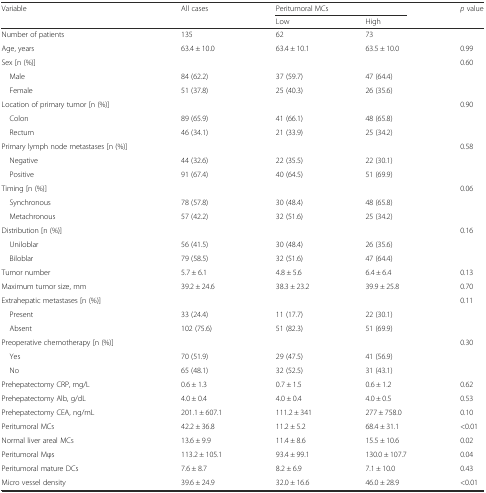
<table><thead><tr><td rowspan="2"><b>Variable</b></td><td rowspan="2"><b>All cases</b></td><td colspan="2"><b>Peritumoral MCs</b></td><td rowspan="2"><b><i>p</i> value</b></td></tr><tr><td><b>Low</b></td><td><b>High</b></td></tr></thead><tbody><tr><td>Number of patients</td><td>135</td><td>62</td><td>73</td><td></td></tr><tr><td>Age, years</td><td>63.4 ± 10.0</td><td>63.4 ± 10.1</td><td>63.5 ± 10.0</td><td>0.99</td></tr><tr><td>Sex [n (%)]</td><td></td><td></td><td></td><td>0.60</td></tr><tr><td> Male</td><td>84 (62.2)</td><td>37 (59.7)</td><td>47 (64.4)</td><td></td></tr><tr><td> Female</td><td>51 (37.8)</td><td>25 (40.3)</td><td>26 (35.6)</td><td></td></tr><tr><td>Location of primary tumor [n (%)]</td><td></td><td></td><td></td><td>0.90</td></tr><tr><td> Colon</td><td>89 (65.9)</td><td>41 (66.1)</td><td>48 (65.8)</td><td></td></tr><tr><td> Rectum</td><td>46 (34.1)</td><td>21 (33.9)</td><td>25 (34.2)</td><td></td></tr><tr><td>Primary lymph node metastases [n (%)]</td><td></td><td></td><td></td><td>0.58</td></tr><tr><td> Negative</td><td>44 (32.6)</td><td>22 (35.5)</td><td>22 (30.1)</td><td></td></tr><tr><td> Positive</td><td>91 (67.4)</td><td>40 (64.5)</td><td>51 (69.9)</td><td></td></tr><tr><td>Timing [n (%)]</td><td></td><td></td><td></td><td>0.06</td></tr><tr><td> Synchronous</td><td>78 (57.8)</td><td>30 (48.4)</td><td>48 (65.8)</td><td></td></tr><tr><td> Metachronous</td><td>57 (42.2)</td><td>32 (51.6)</td><td>25 (34.2)</td><td></td></tr><tr><td>Distribution [n (%)]</td><td></td><td></td><td></td><td>0.16</td></tr><tr><td> Uniloblar</td><td>56 (41.5)</td><td>30 (48.4)</td><td>26 (35.6)</td><td></td></tr><tr><td> Biloblar</td><td>79 (58.5)</td><td>32 (51.6)</td><td>47 (64.4)</td><td></td></tr><tr><td>Tumor number</td><td>5.7 ± 6.1</td><td>4.8 ± 5.6</td><td>6.4 ± 6.4</td><td>0.13</td></tr><tr><td>Maximum tumor size, mm</td><td>39.2 ± 24.6</td><td>38.3 ± 23.2</td><td>39.9 ± 25.8</td><td>0.70</td></tr><tr><td>Extrahepatic metastases [n (%)]</td><td></td><td></td><td></td><td>0.11</td></tr><tr><td> Present</td><td>33 (24.4)</td><td>11 (17.7)</td><td>22 (30.1)</td><td></td></tr><tr><td> Absent</td><td>102 (75.6)</td><td>51 (82.3)</td><td>51 (69.9)</td><td></td></tr><tr><td>Preoperative chemotherapy [n (%)]</td><td></td><td></td><td></td><td>0.30</td></tr><tr><td> Yes</td><td>70 (51.9)</td><td>29 (47.5)</td><td>41 (56.9)</td><td></td></tr><tr><td> No</td><td>65 (48.1)</td><td>32 (52.5)</td><td>31 (43.1)</td><td></td></tr><tr><td>Prehepatectomy CRP, mg/L</td><td>0.6 ± 1.3</td><td>0.7 ± 1.5</td><td>0.6 ± 1.2</td><td>0.62</td></tr><tr><td>Prehepatectomy Alb, g/dL</td><td>4.0 ± 0.4</td><td>4.0 ± 0.4</td><td>4.0 ± 0.5</td><td>0.53</td></tr><tr><td>Prehepatectomy CEA, ng/mL</td><td>201.1 ± 607.1</td><td>111.2 ± 341</td><td>277 ± 758.0</td><td>0.10</td></tr><tr><td>Peritumoral MCs</td><td>42.2 ± 36.8</td><td>11.2 ± 5.2</td><td>68.4 ± 31.1</td><td>&lt;0.01</td></tr><tr><td>Normal liver areal MCs</td><td>13.6 ± 9.9</td><td>11.4 ± 8.6</td><td>15.5 ± 10.6</td><td>0.02</td></tr><tr><td>Peritumoral Mφs</td><td>113.2 ± 105.1</td><td>93.4 ± 99.1</td><td>130.0 ± 107.7</td><td>0.04</td></tr><tr><td>Peritumoral mature DCs</td><td>7.6 ± 8.7</td><td>8.2 ± 6.9</td><td>7.1 ± 10.0</td><td>0.43</td></tr><tr><td>Micro vessel density</td><td>39.6 ± 24.9</td><td>32.0 ± 16.6</td><td>46.0 ± 28.9</td><td>&lt;0.01</td></tr></tbody></table>